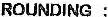
ROUNDING :